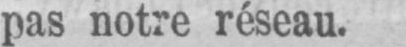
pas notre réseau.